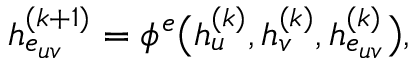
h _ { e _ { u v } } ^ { ( k + 1 ) } = \phi ^ { e } \big ( h _ { u } ^ { ( k ) } , h _ { v } ^ { ( k ) } , h _ { e _ { u v } } ^ { ( k ) } \big ) ,